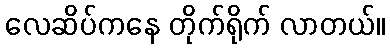
လေဆိပ်ကနေ တိုက်ရိုက် လာတယ်။